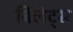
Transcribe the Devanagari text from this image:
बिलेट्स